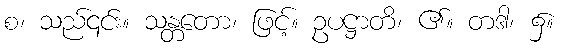
စ၊ သည်၎င်း။ သန္တတော၊ ဖြင့်။ ဥပဋ္ဌာတိ၊ ၏။ တဒါ၊ ၌။